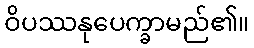
ဝိပဿနုပေက္ခာမည်၏။